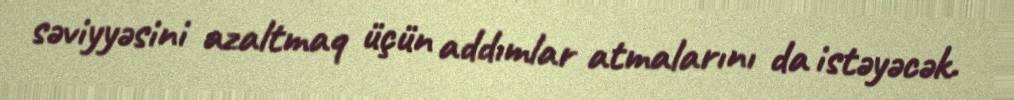
səviyyəsini azaltmaq üçün addımlar atmalarını da istəyəcək.